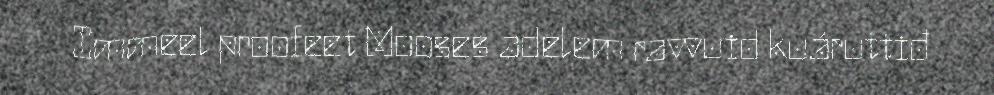
Immeel proofeet Mooses adelem ravvuid kuáruttiđ